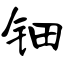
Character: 钿